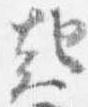
起